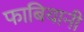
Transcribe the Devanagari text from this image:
फाबियानी